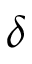
\delta